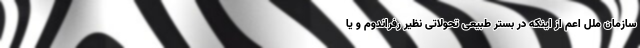
سازمان ملل اعمّ از اینکه در بستر طبیعی تحولاتی نظیر رفراندوم و یا